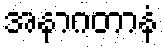
အနာဂတာနံ